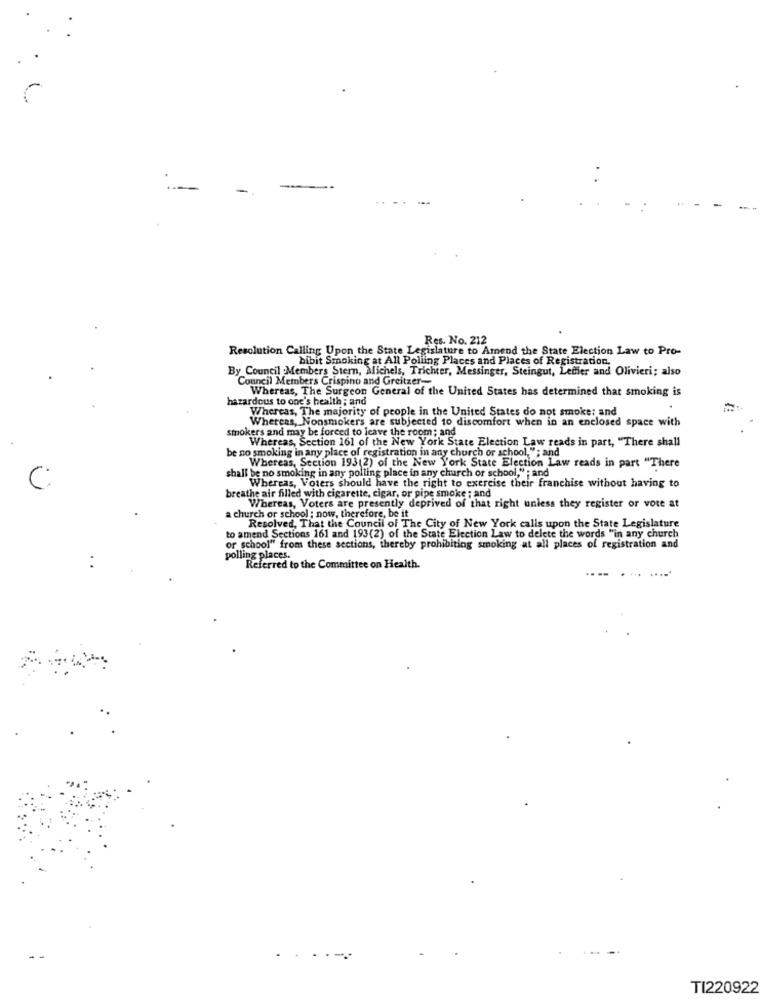
Res. No. 212
Resolution Calling Upon the State Legislature to Amend the State Election Law to Pro-
bibit Smoking at All Polling Places and Places of Registration.
By Council Members Stern, Michels, Trichter, Messinger, Steingut, Ledier and Olivieri; also
Council Members Crispino and Greitzer-
Whereas, The Surgeon General of the United States has determined that smoking is
hazardous to one's health ; and
Whereas, The majority of people in the United States do not smoke; and
Whereas, Nonsmokers are subjected to discomfort when in an enclosed space with
smokers and may be forced to leave the room; and
Whereas, Section 161 of the New York State Election Law reads in part, "There shall
be no smoking in any place of registration in any church or school,"; and
shall be no smoking in any polling place in any church or school," ; and
Whereas, Section 193(2) of the New York State Election Law reads in part "There
C
Whereas, Voters should have the right to exercise their franchise without having to
breathe air filled with cigarette, cigar, or pipe smoke ; and
Whereas, Voters are presently deprived of that right unless they register or vote at
a church or school : now, therefore, be it
Resolved, That the Council of The City of New York calls upon the State Legislature
to amend Sections 161 and 193(2) of the State Election Law to delete the words "in any church
or school" from these sections, thereby prohibiting smoking at all places of registration and
polling places.
Referred to the Committee on Health.
TI220922